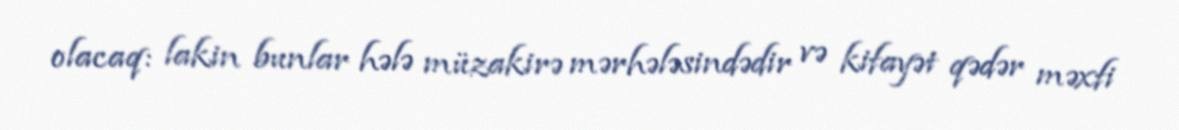
olacaq: lakin bunlar hələ müzakirə mərhələsindədir və kifayət qədər məxfi